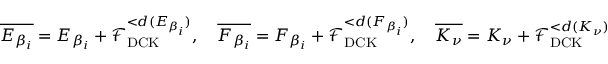
\overline { { E _ { \beta _ { i } } } } = E _ { \beta _ { i } } + \mathcal { F } _ { \mathrm { D C K } } ^ { < d ( E _ { \beta _ { i } } ) } , \quad \overline { { F _ { \beta _ { i } } } } = F _ { \beta _ { i } } + \mathcal { F } _ { \mathrm { D C K } } ^ { < d ( F _ { \beta _ { i } } ) } , \quad \overline { { K _ { \nu } } } = K _ { \nu } + \mathcal { F } _ { \mathrm { D C K } } ^ { < d ( K _ { \nu } ) }